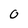
Character: 0